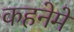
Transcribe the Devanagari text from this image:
कहनेमें